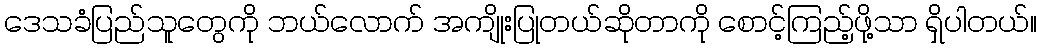
ဒေသခံပြည်သူတွေကို ဘယ်လောက် အကျိုးပြုတယ်ဆိုတာကို စောင့်ကြည့်ဖို့သာ ရှိပါတယ်။